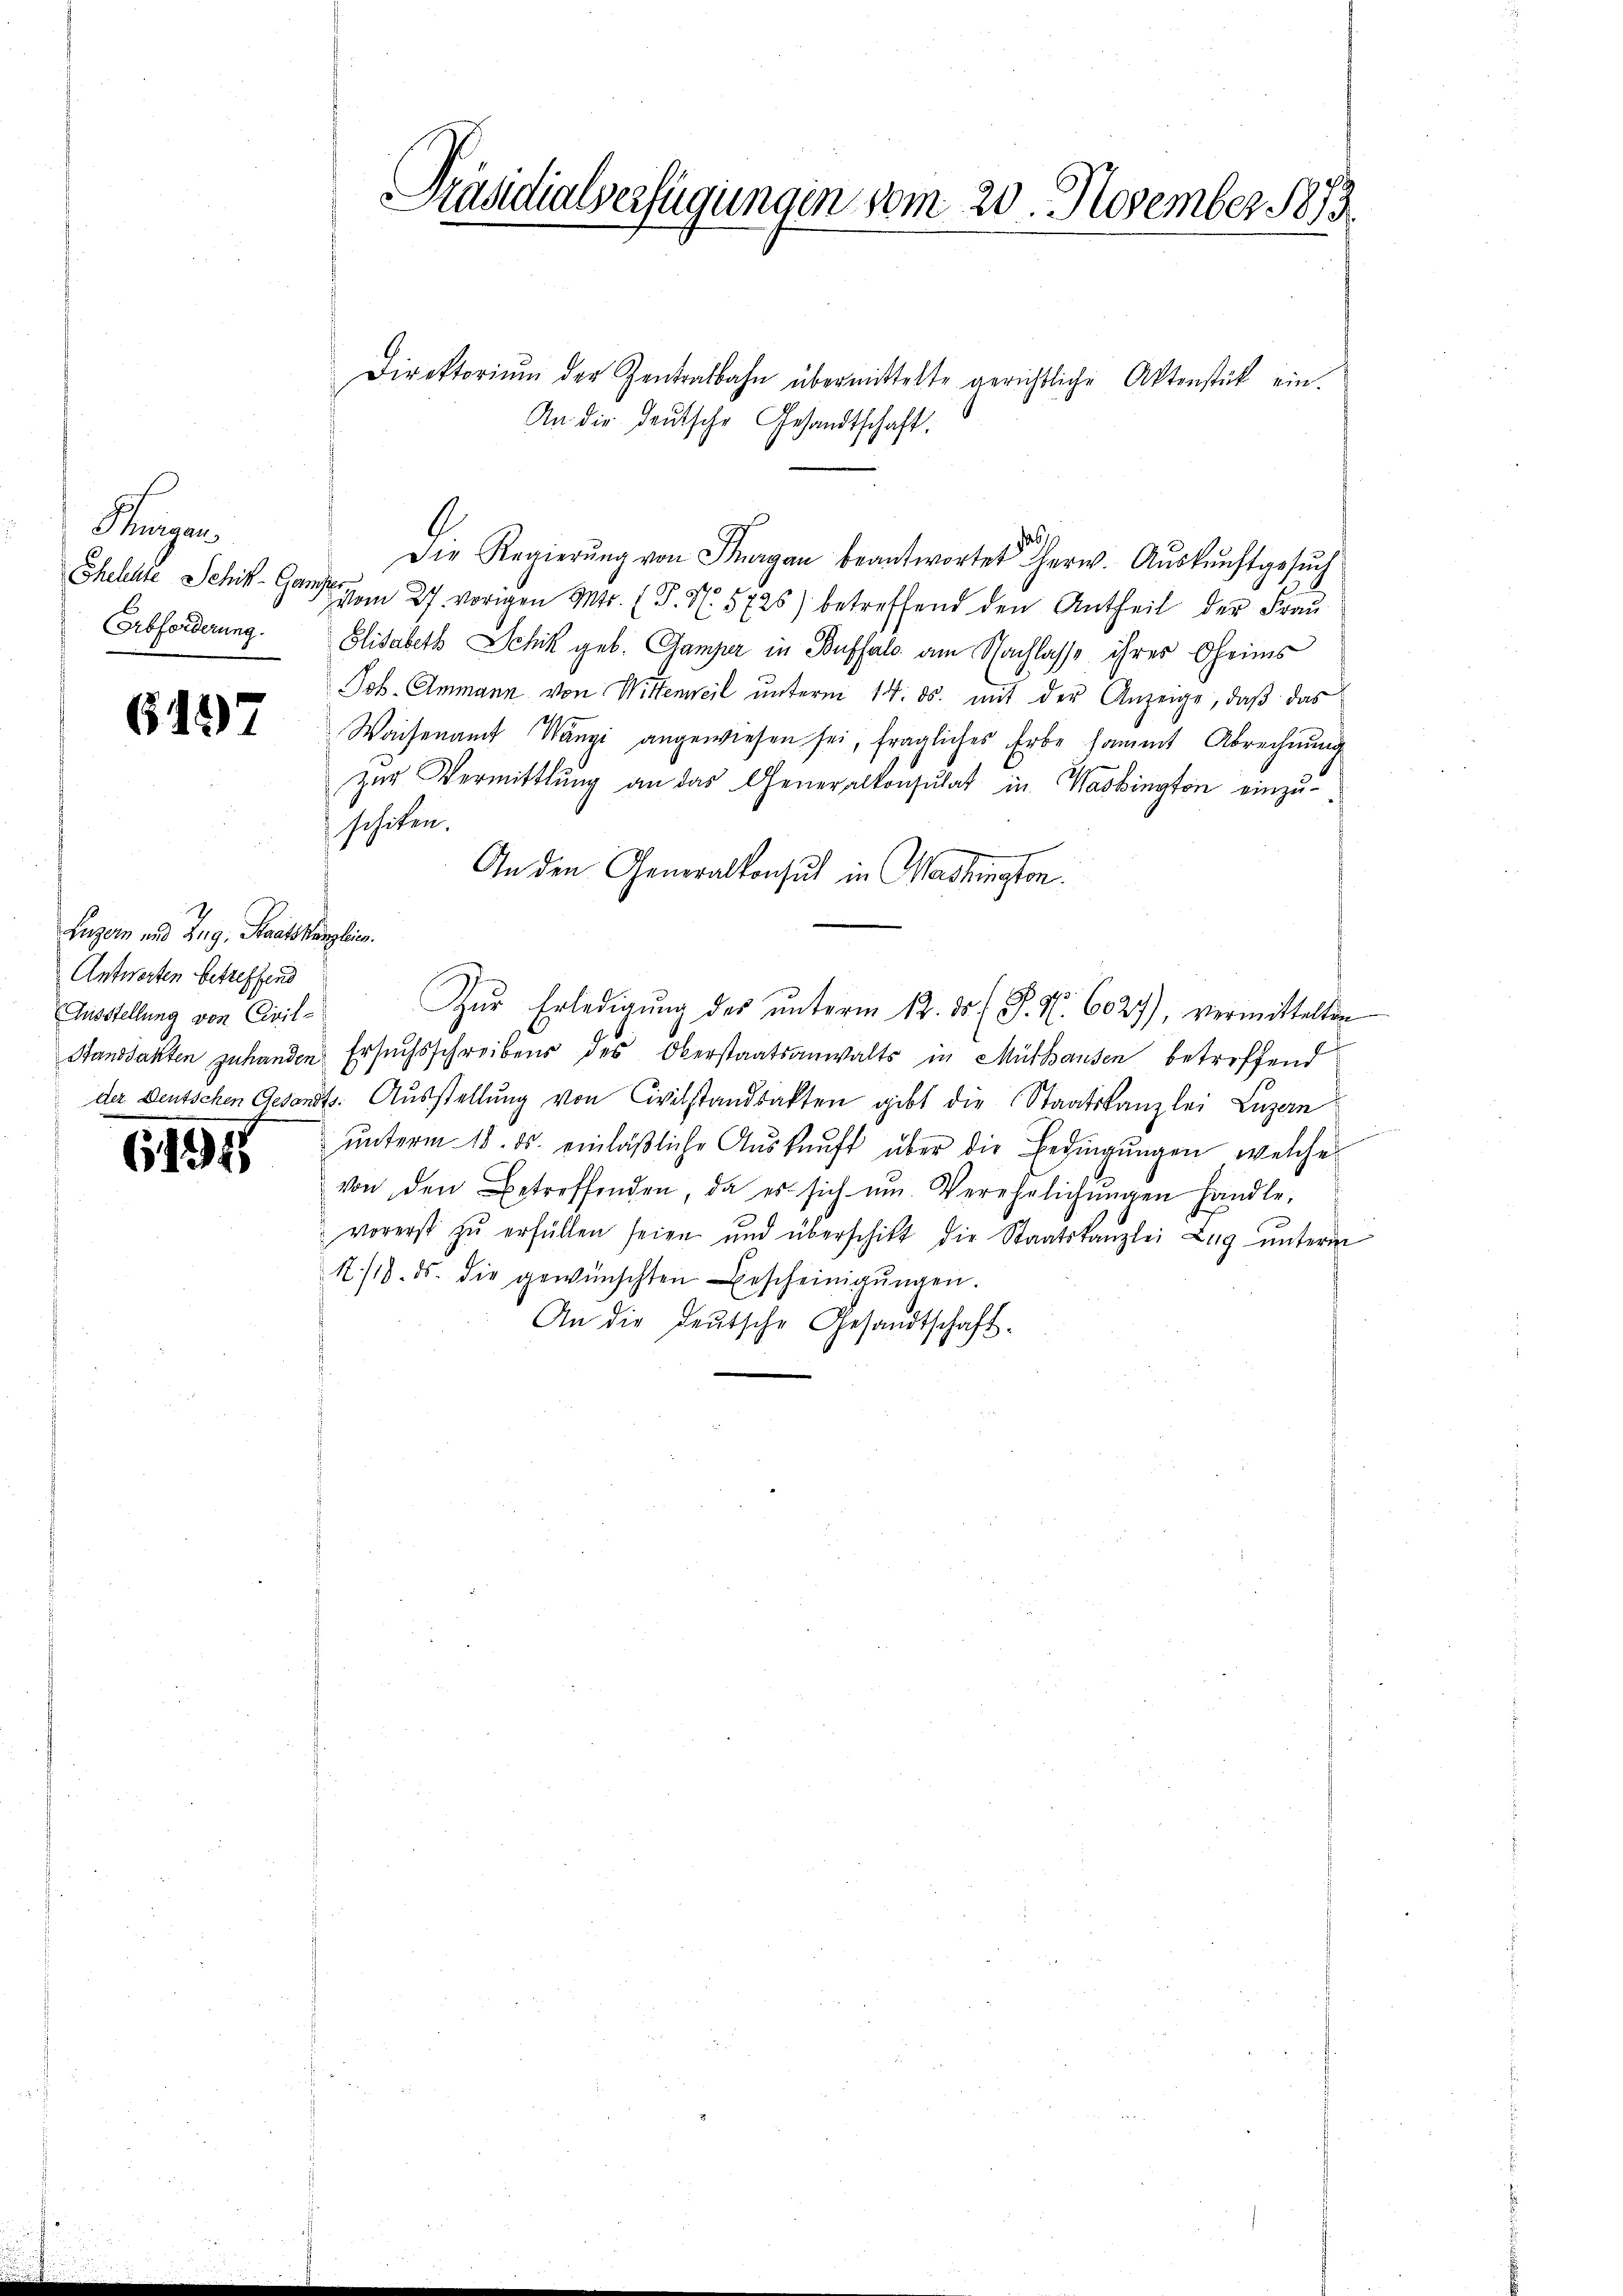
Reigen
Erbforderung.

6497

Luzern und Zug, Staatskanzleien.
Antworten betreffend
Ausstellung von Civil-

6194

Präsidialverfügungen vom 20. November 1873.

Direktoriŭm der Zentralbahn übermittelte gerichtliche Aktenstück ein.
An die deutsche Gesandtschaft.
Die Regierŭng von Fragen beantwortet herw. Aŭskŭnftgesŭch
Shelchte Schiken 27. vorigen Mts. (T. N. 5726) betreffend den Antheil der Frau
Elisabeth Schik geb. Gamper in Buffalo am Nachlasse ihres Oheims
Job. Ammann von Wittenweil unterm 14. ds. mit der Anzeige, daß das
Waisenamt Wangi angewiesen sei, fragliches Erbe sammt Abrechnung
zŭr Vermittlung an das Generalkonsulat in Washington einzu-
schiken.
An den Generalkonsul in Washington.
Zŭr Erledigŭng des ŭnterm 12. ds P. Nr. 6027), vermittelten
Standsakten zuhanden Ersuchsschreibens des Oberstaatsanwalts in Mülhausen betreffend
der Deutschen Gesandts. Ausstellung von Civilstandsakten gibt die Staatskanzlei Luzern
unterm 18. ds. einläßliche Auskunft über die Bedingungen, welche
von den Betreffenden, da es sich ŭm Verehrlichŭngen handle,
vorerst zŭ erfüllen seien und überschikt die Staatskanzlei Zug unterm
N./18. ds. die gewünschten Bescheinigŭngen.
An die deutsche Gesandtschaft-